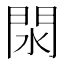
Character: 閖